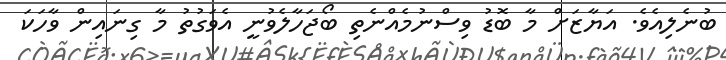
ބުނެލިއެވެ. އަޔާޒަށް މާ ބޮޑު ވިސްނުމެއްނެތި ބޯޖަހާލެވުނީ އެވަގުތު މާ ގިނައިން ވާހަކަ